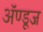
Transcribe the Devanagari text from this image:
ॲण्डूज